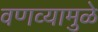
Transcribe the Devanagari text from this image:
वणव्यामुळे